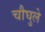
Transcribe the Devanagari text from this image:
चौघुले